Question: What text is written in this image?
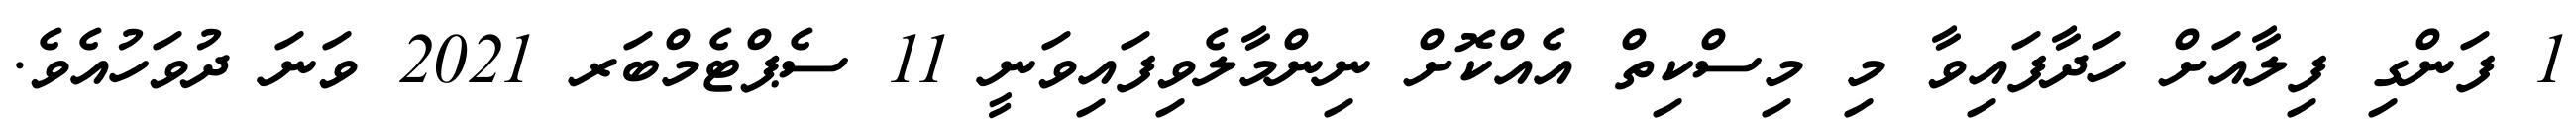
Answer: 1 ފަންގި ފިލާއަށް ހަދާފައިވާ މި މިސްކިތް އެއްކޮށް ނިންމާލެވިފައިވަނީ 11 ސެޕްޓެމްބަރ 2021 ވަނަ ދުވަހުއެވެ.